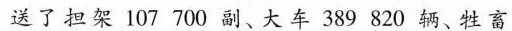
送了担架107700副、大车389820辆、牲畜